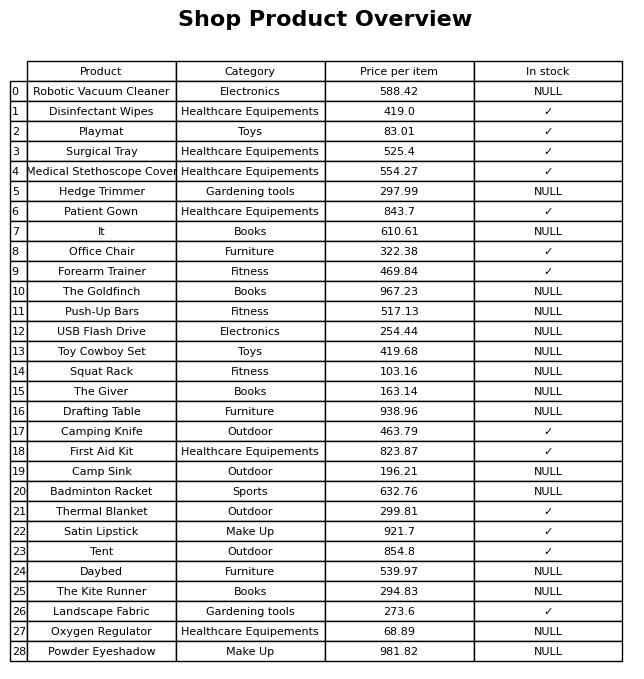
question: What is the price of the USB Flash Drive?
answer: The price of USB Flash Drive is 254.44.